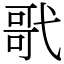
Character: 㢦